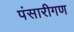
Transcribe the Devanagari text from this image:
पंसारीगण